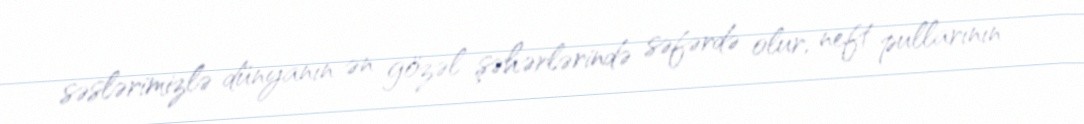
səslərimizlə dünyanın ən gözəl şəhərlərində səfərdə olur, neft pullarının